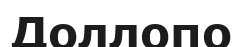
Доллопо